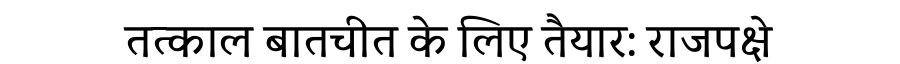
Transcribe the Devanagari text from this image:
तत्काल बातचीत के लिए तैयार: राजपक्षे